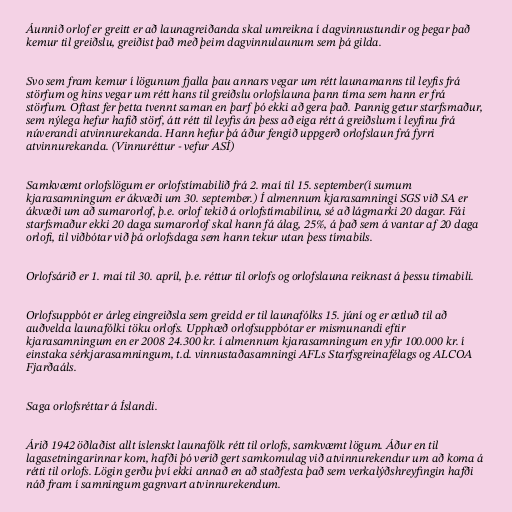
Áunnið orlof er greitt er að launagreiðanda skal umreikna í dagvinnustundir og þegar það
kemur til greiðslu, greiðist það með þeim dagvinnulaunum sem þá gilda.

Svo sem fram kemur í lögunum fjalla þau annars vegar um rétt launamanns til leyfis frá
störfum og hins vegar um rétt hans til greiðslu orlofslauna þann tíma sem hann er frá
störfum. Oftast fer þetta tvennt saman en þarf þó ekki að gera það. Þannig getur starfsmaður,
sem nýlega hefur hafið störf, átt rétt til leyfis án þess að eiga rétt á greiðslum í leyfinu frá
núverandi atvinnurekanda. Hann hefur þá áður fengið uppgerð orlofslaun frá fyrri
atvinnurekanda. (Vinnuréttur - vefur ASÍ)

Samkvæmt orlofslögum er orlofstímabilið frá 2. maí til 15. september(í sumum
kjarasamningum er ákvæði um 30. september.) Í almennum kjarasamningi SGS við SA er
ákvæði um að sumarorlof, þ.e. orlof tekið á orlofstímabilinu, sé að lágmarki 20 dagar. Fái
starfsmaður ekki 20 daga sumarorlof skal hann fá álag, 25%, á það sem á vantar af 20 daga
orlofi, til viðbótar við þá orlofsdaga sem hann tekur utan þess tímabils.

Orlofsárið er 1. maí til 30. apríl, þ.e. réttur til orlofs og orlofslauna reiknast á þessu tímabili.

Orlofsuppbót er árleg eingreiðsla sem greidd er til launafólks 15. júní og er ætluð til að
auðvelda launafólki töku orlofs. Upphæð orlofsuppbótar er mismunandi eftir
kjarasamningum en er 2008 24.300 kr. í almennum kjarasamningum en yfir 100.000 kr. í
einstaka sérkjarasamningum, t.d. vinnustaðasamningi AFLs Starfsgreinafélags og ALCOA
Fjarðaáls.

Saga orlofsréttar á Íslandi.

Árið 1942 öðlaðist allt íslenskt launafólk rétt til orlofs, samkvæmt lögum. Áður en til
lagasetningarinnar kom, hafði þó verið gert samkomulag við atvinnurekendur um að koma á
rétti til orlofs. Lögin gerðu því ekki annað en að staðfesta það sem verkalýðshreyfingin hafði
náð fram í samningum gagnvart atvinnurekendum.